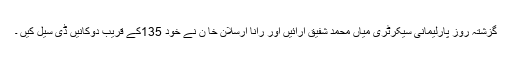
گزشتہ روز پارلیمانی سیکرٹری میاں محمد شفیق ارائیں اور رانا ارسلان خا ن نے خود 135کے قریب دوکانیں ڈی سیل کیں ۔